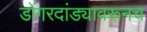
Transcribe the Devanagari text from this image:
डोंगरदांड्यावरूनच